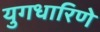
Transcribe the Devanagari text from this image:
युगधारिणे